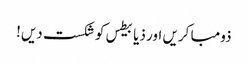
ذومبا کریں اور ذیابیطس کو شکست دیں!